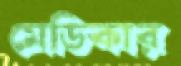
মেডিকার